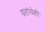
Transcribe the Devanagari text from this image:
ग्रहांचेही